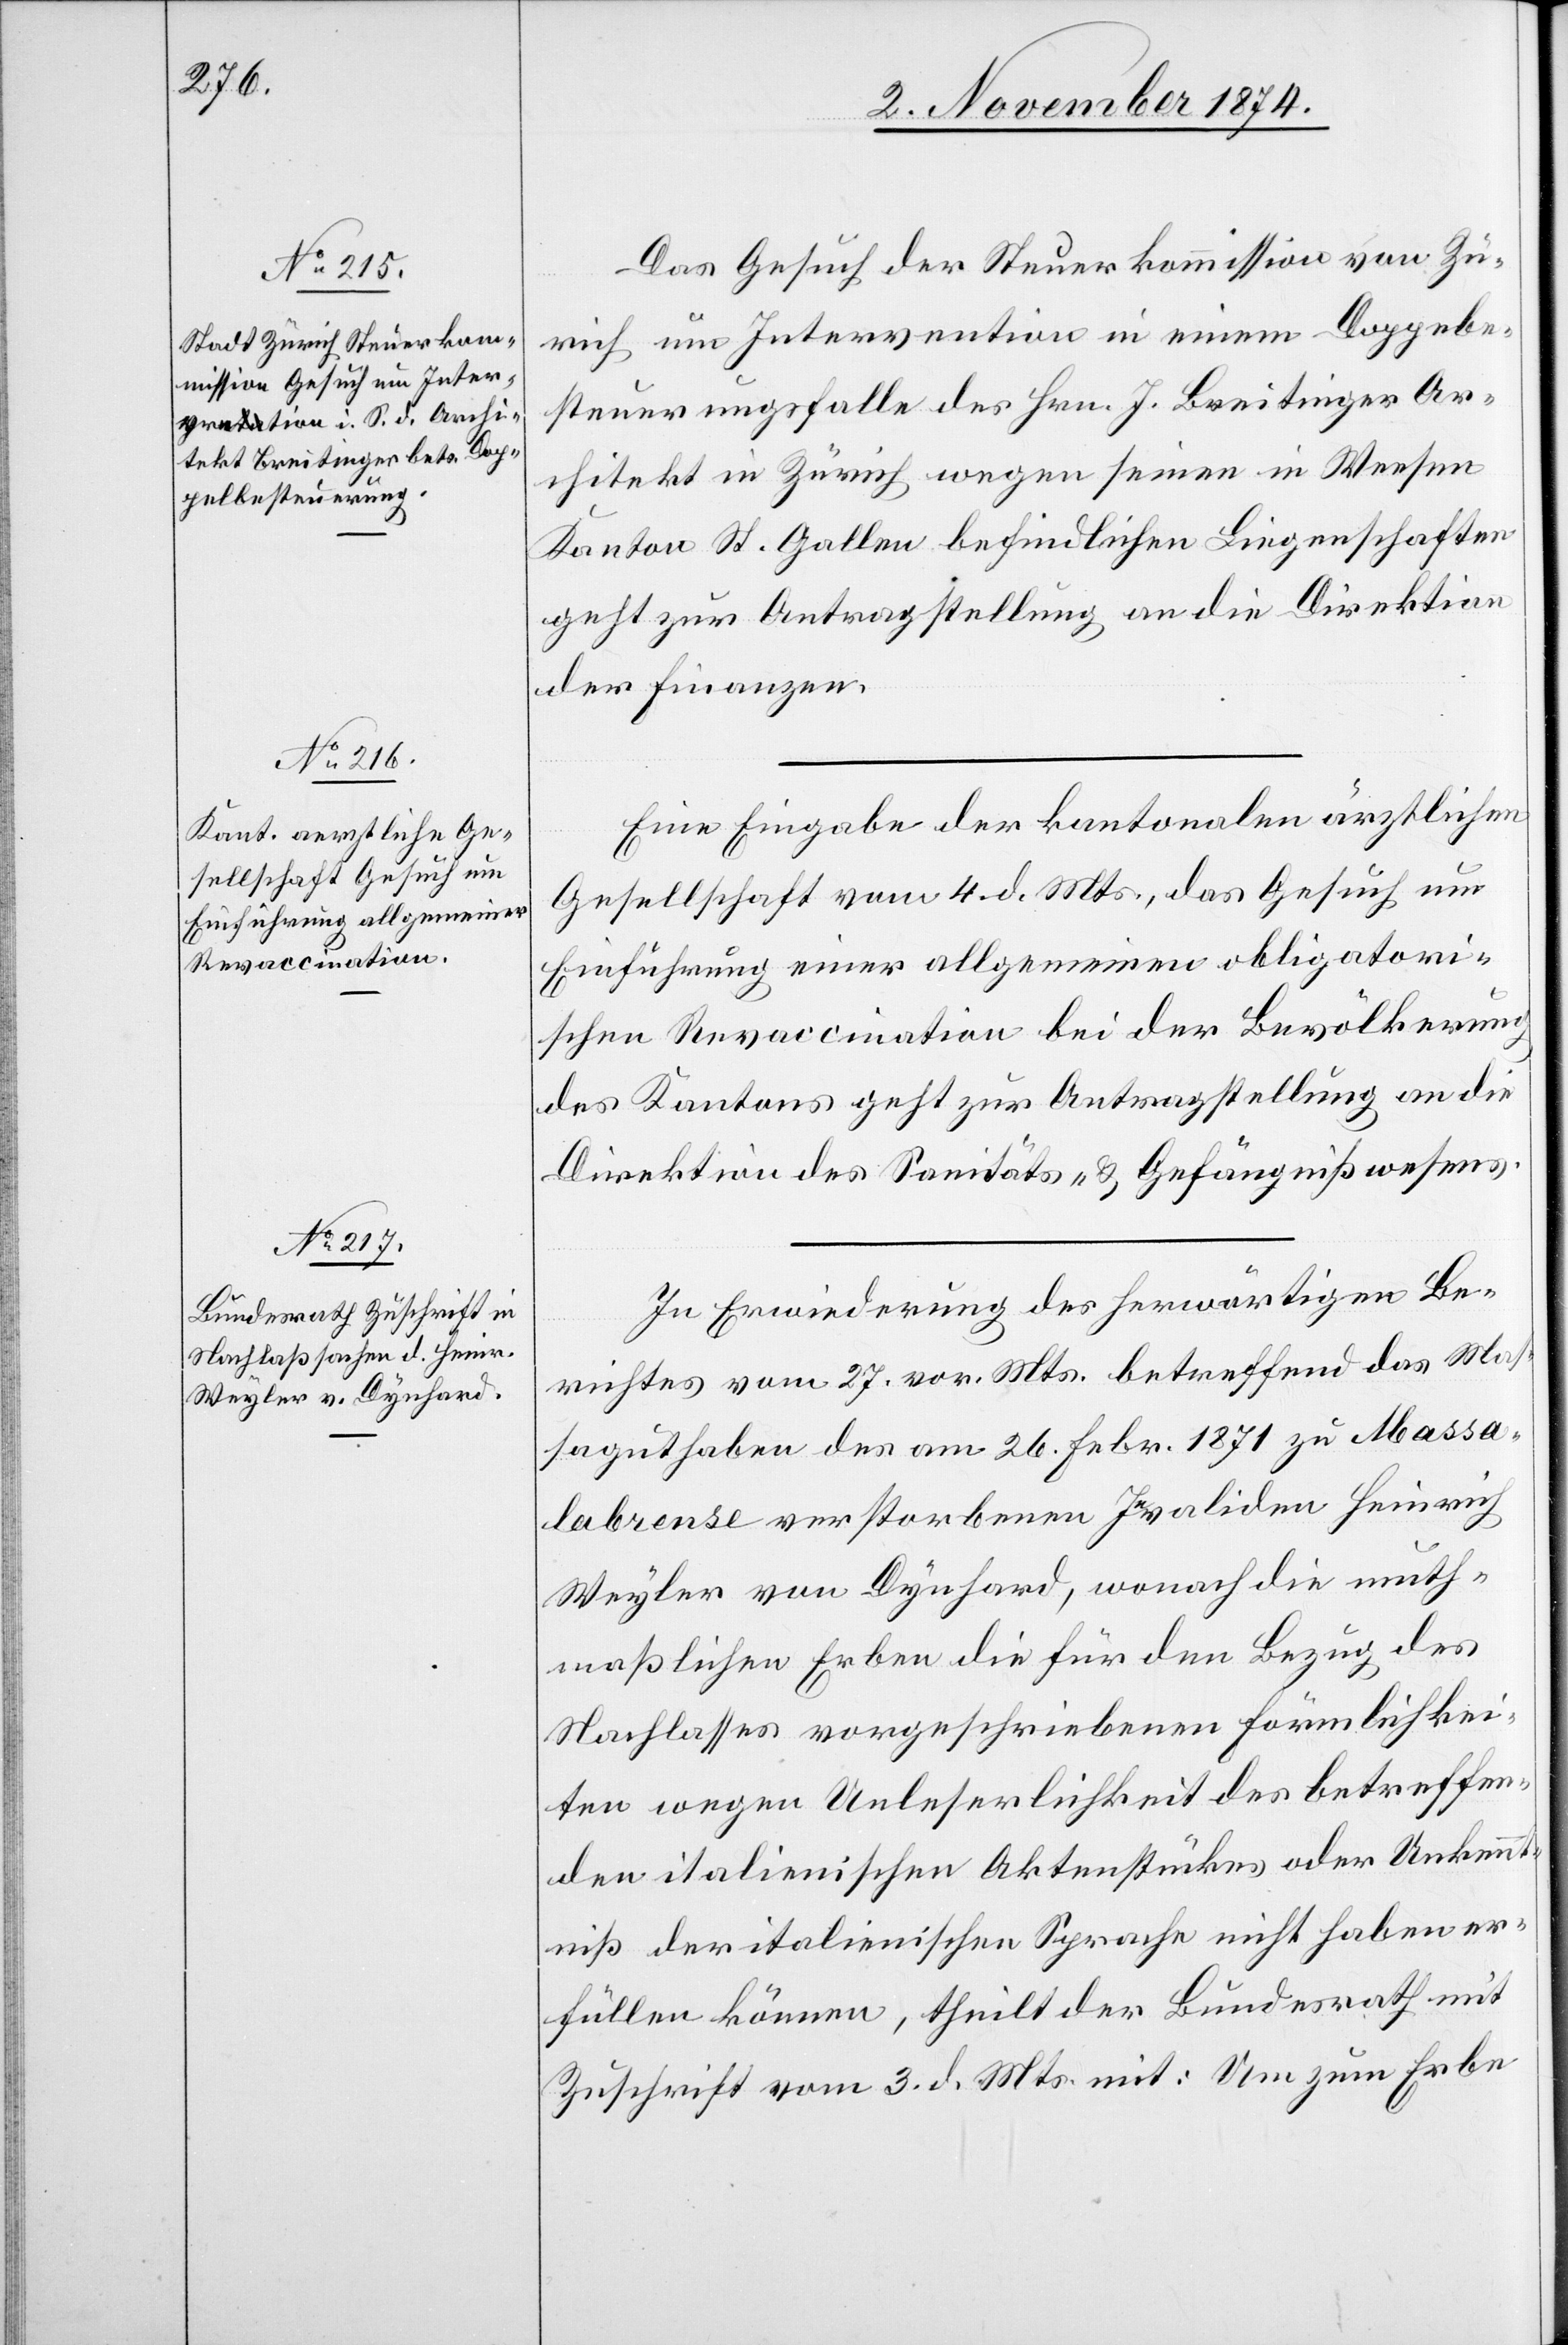
5. November 1872.]
Das Gesuch der Steuerkommission von Zü¬
rich um Intervention in einem Doppelbe¬
steuerungsfalle des Hrn. J. Breitinger Ar¬
chitekt in Zürich wegen seinen in Weesen
Kanton St. Gallen befindlichen Liegenschaften
geht zur Antragstellung an die Direktion
der Finanzen.
Eine Eingabe der kantonalen ärztlichen
Gesellschaft vom 4. d. Mts., das Gesuch um
Einführung einer allgemeinen obligatori¬
schen Revaccination bei der Bevölkerung
des Kantons geht zur Antragstellung an die
Direktion des Sanitäts- & Gefängnißwesens.
In Erwiederung des herwärtigen Be¬
richtes vom 27. vor. Mts. betreffend das Mas¬
saguthaben des am 26. Febr. 1871 zu Massa¬
labrense verstorbenen Invaliden Heinrich
Wyler von Dynhard, wonach die muth¬
maßlichen Erben die für den Bezug des
Nachlasses vorgeschriebenen Förmlichkei¬
ten wegen Unleserlichkeit des betreffen¬
den italienischen Aktenstückes oder Unkennt¬
niß der italienischen Sprache nicht haben er¬
füllen können, theilt der Bundesrath mit
Zuschrift vom 3. d. Mts. mit: Um zum Erbe